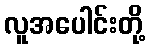
လူအပေါင်းတို့